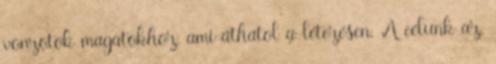
vonzotok magatokhoz, ami áthatol a létezésen. A célunk az,